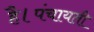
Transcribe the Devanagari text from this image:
है।पंचायती